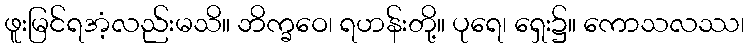
ဖူးမြင်ရအံ့လည်းမသိ။ ဘိက္ခဝေ၊ ရဟန်းတို့။ ပုရေ၊ ရှေး၌။ ကောသလဿ၊